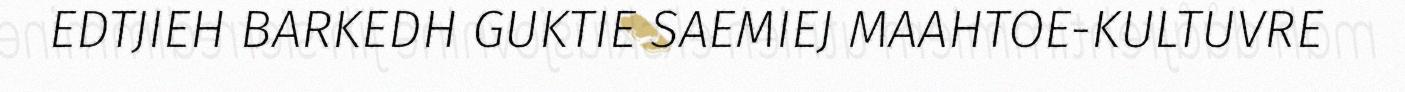
EDTJIEH BARKEDH GUKTIE SAEMIEJ MAAHTOE-KULTUVRE